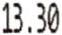
13.30